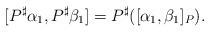
\begin{align*} [P^{\sharp}\alpha_1,P^{\sharp}\beta_1]=P^{\sharp}([\alpha_1,\beta_1]_{P}). \end{align*}